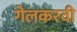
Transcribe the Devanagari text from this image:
गेलकरवी